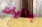
بدايات